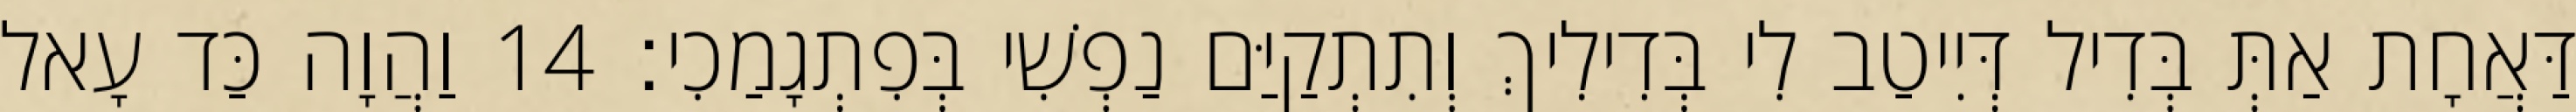
דַּאֲחָת אַתְּ בְּדִיל דְּיִיטַב לִי בְּדִילִיךְ וְתִתְקַיַּם נַפְשִׁי בְּפִתְגָמַכִי׃ 14 וַהֲוָה כַּד עָאל